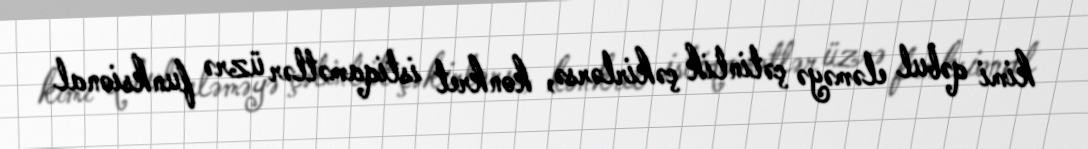
kimi qəbul eləməyə çətinlik çəkirlərsə, konkret istiqamətlər üzrə funksional